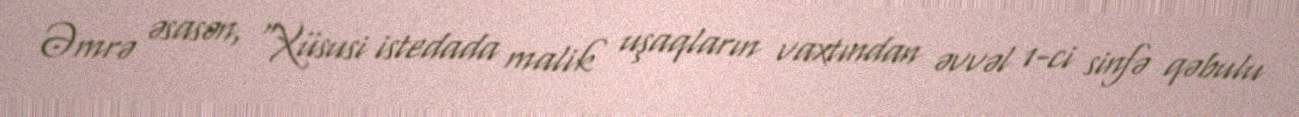
Əmrə əsasən, "Xüsusi istedada malik uşaqların vaxtından əvvəl 1-ci sinfə qəbulu